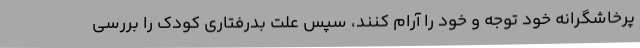
پرخاشگرانه خود توجه و خود را آرام کنند، سپس علت بدرفتاری کودک را بررسی